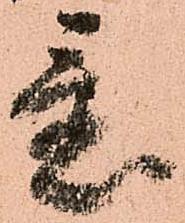
置